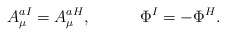
\begin{align*}A_{\mu}^{aI} = A_{\mu}^{aH}, \ \ \ \ \ \ \ \ \ \Phi^I = - \Phi^H.\end{align*}